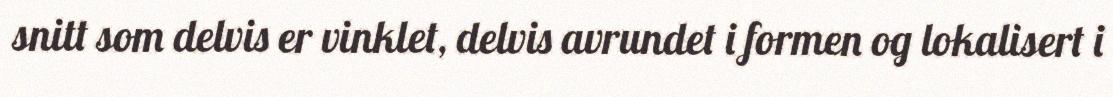
snitt som delvis er vinklet, delvis avrundet i formen og lokalisert i